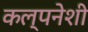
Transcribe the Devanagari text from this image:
कल्पनेशी